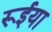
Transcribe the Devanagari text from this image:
रूईया